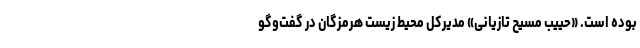
بوده است. «حییب مسیح تازیانی» مدیرکل محیط زیست هرمزگان در گفت‌وگو